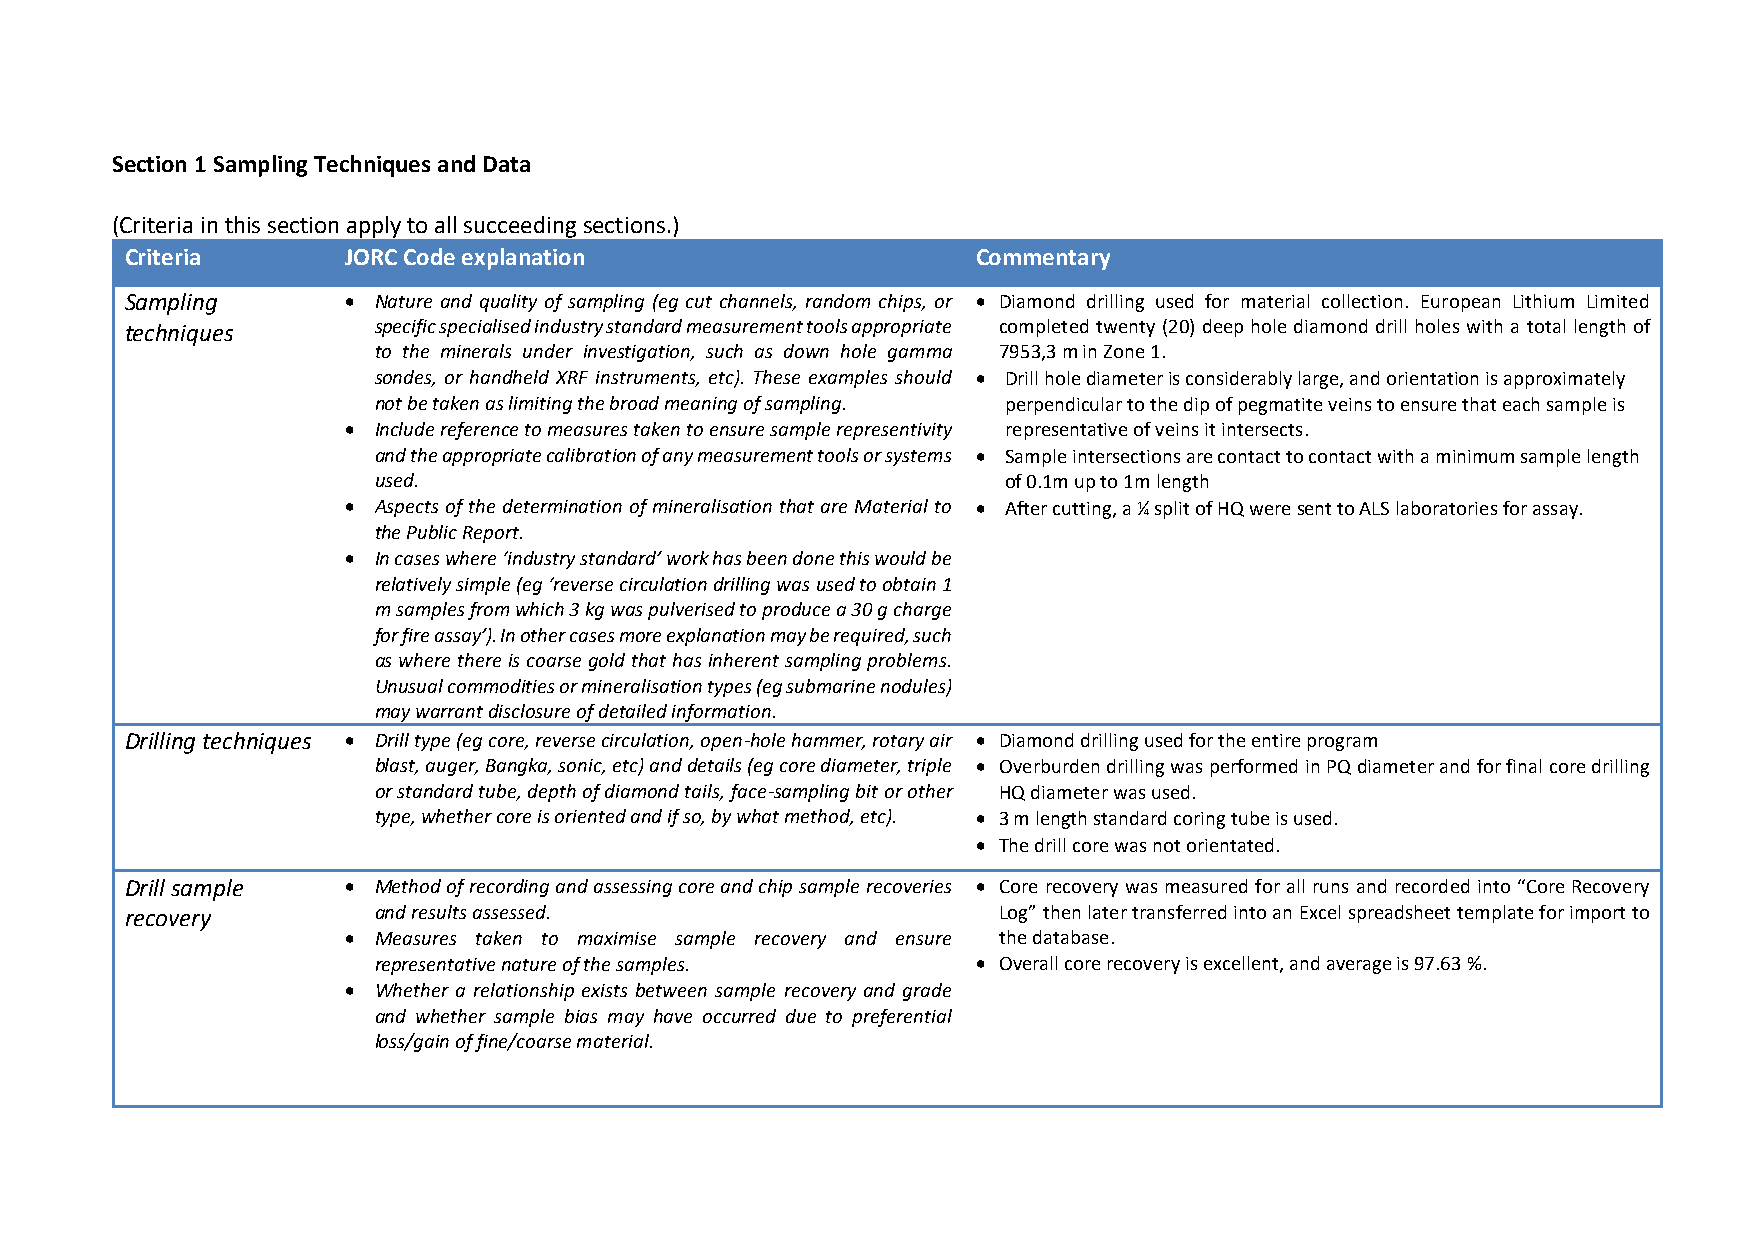
Section 1 Sampling Techniques and Data
 (Criteria in this section apply to all succeeding sections.)
 Criteria       JORC Code explanation                     Commentary
 Sampling       • Nature and quality of sampling (eg cut channels, random chips, or • Diamond drilling used for material collection. European Lithium Limited
 techniques       specific specialised industry standard measurement tools appropriate completed twenty (20) deep hole diamond drill holes with a total length of
 to the minerals under investigation, such as down hole gamma 7953,3 m in Zone 1.
 sondes, or handheld XRF instruments, etc). These examples should • Drill hole diameter is considerably large, and orientation is approximately
 not be taken as limiting the broad meaning of sampling. perpendicular to the dip of pegmatite veins to ensure that each sample is
 • Include reference to measures taken to ensure sample representivity representative of veins it intersects.
 and the appropriate calibration of any measurement tools or systems • Sample intersections are contact to contact with a minimum sample length
 used.                                     of 0.1m up to 1m length
 • Aspects of the determination of mineralisation that are Material to • After cutting, a ¼ split of HQ were sent to ALS laboratories for assay.
 the Public Report.
 • In cases where ‘industry standard’ work has been done this would be
 relatively simple (eg ‘reverse circulation drilling was used to obtain 1
 m samples from which 3 kg was pulverised to produce a 30 g charge
 for fire assay’). In other cases more explanation may be required, such
 as where there is coarse gold that has inherent sampling problems.
 Unusual commodities or mineralisation types (eg submarine nodules)
 may warrant disclosure of detailed information.
 Drilling techniques • Drill type (eg core, reverse circulation, open-hole hammer, rotary air • Diamond drilling used for the entire program
 blast, auger, Bangka, sonic, etc) and details (eg core diameter, triple • Overburden drilling was performed in PQ diameter and for final core drilling
 or standard tube, depth of diamond tails, face-sampling bit or other HQ diameter was used.
 type, whether core is oriented and if so, by what method, etc). • 3 m length standard coring tube is used.
 • The drill core was not orientated.
 Drill sample   • Method of recording and assessing core and chip sample recoveries • Core recovery was measured for all runs and recorded into “Core Recovery
 recovery         and results assessed.                    Log” then later transferred into an Excel spreadsheet template for import to
 • Measures taken to maximise sample recovery and ensure the database.
 representative nature of the samples.   • Overall core recovery is excellent, and average is 97.63 %.
 • Whether a relationship exists between sample recovery and grade
 and whether sample bias may have occurred due to preferential
 loss/gain of fine/coarse material.